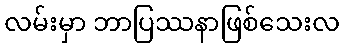
လမ်းမှာ ဘာပြဿနာဖြစ်သေးလ